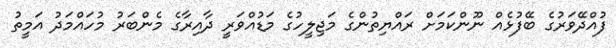
ފުއްދޭވަރުގެ ބޭފުޅެއް ނޫންކަމަށް ރައްޔިތުންގެ މަޖިލީހުގެ މަޑުއްވަރީ ދާއިރާގެ މެންބަރު މުހައްމަދު އަމީތު